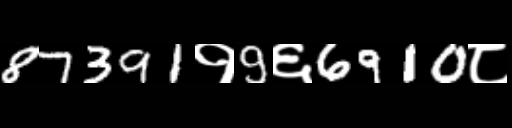
Text: 87391१9६6910८